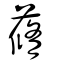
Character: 蓨